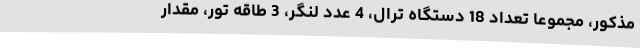
مذکور، مجموعاً تعداد 18 دستگاه ترال، 4 عدد لنگر، 3 طاقه تور، مقدار